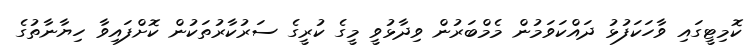
ކޮމިޓީގައި ވާހަކަފުޅު ދައްކަވަމުން މެމްބަރުން ވިދާޅުވީ މީގެ ކުރީގެ ސަރުކާރުތަކުން ކޮށްފައިވާ ހިޔާނާތުގެ